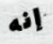
إنه